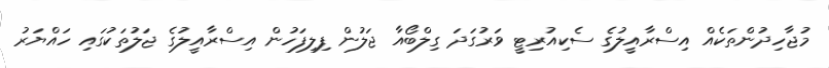
މުޖާހިދުންތަކެއް އިސްރާއީލުގެ ސެކިއުރިޓީ ވަރުގަދަ ގިލްބޯއާ ޖަލުން ފިލިފަހުން އިސްރާއީލުގެ ޖަލުތަކުގައި ހައްޔަރު